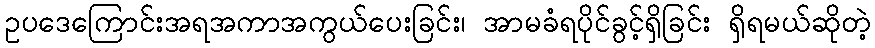
ဥပဒေကြောင်းအရအကာအကွယ်ပေးခြင်း၊ အာမခံရပိုင်ခွင့်ရှိခြင်း ရှိရမယ်ဆိုတဲ့